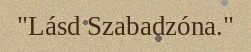
"Lásd Szabadzóna."